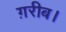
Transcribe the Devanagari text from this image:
ग़रीब।